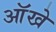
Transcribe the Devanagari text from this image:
आॅखे